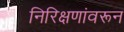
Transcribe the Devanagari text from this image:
निरिक्षणांवरून